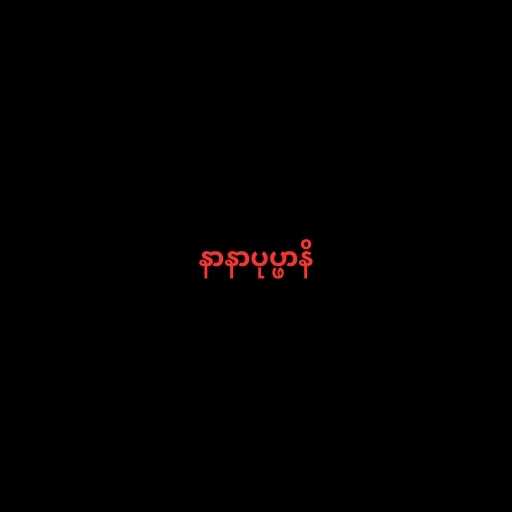
နာနာပုပ္ဖာနိ